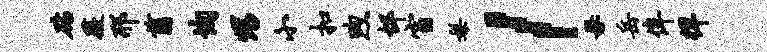
砧薇邢翦恂甥小扣煦邰窗梨l毋岳侔徉